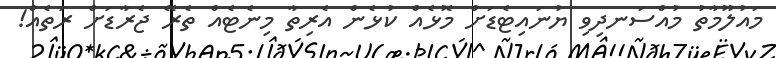
މައުލޫމާތު މުއްސަނދިވި ޔުނައިޓެޑަށް މޮޅެއް ކުޅެން އެރިތާ މިނެޓެއް ތެރޭ ޖެރާޑަށް ރަތެއް!